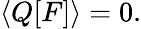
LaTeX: \left\langle Q[F]\right\rangle=0.